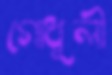
গোধূলী